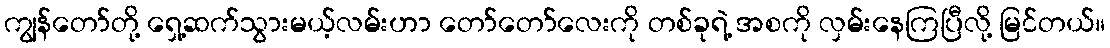
ကျွန်တော်တို့ ရှေ့ဆက်သွားမယ့်လမ်းဟာ တော်တော်လေးကို တစ်ခုရဲ့ အစကို လှမ်းနေကြပြီလို့ မြင်တယ်။